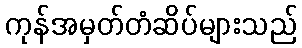
ကုန်အမှတ်တံဆိပ်များသည်